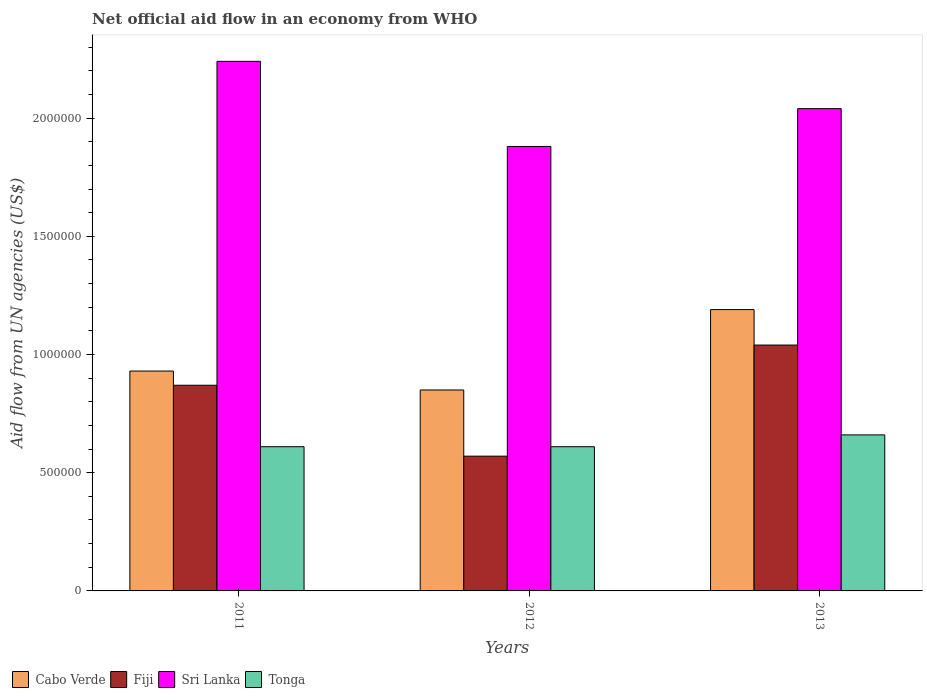
| Years | Cabo Verde | Fiji | Sri Lanka | Tonga |
 | --- | --- | --- | --- | --- |
 | 2011 | 9.3e+05 | 8.7e+05 | 2.24e+06 | 6.1e+05 |
 | 2012 | 8.5e+05 | 5.7e+05 | 1.88e+06 | 6.1e+05 |
 | 2013 | 1.19e+06 | 1.04e+06 | 2.04e+06 | 6.6e+05 |